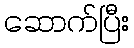
ဆောက်ပြီး